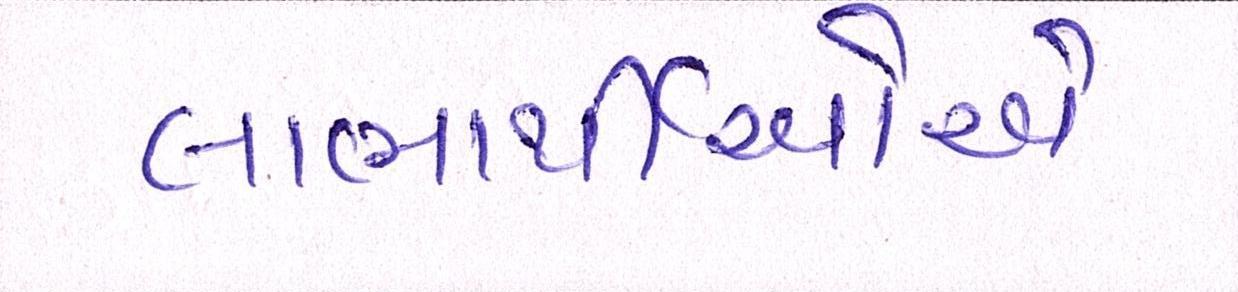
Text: લાભાર્થીઓએ